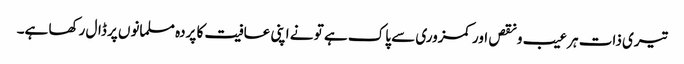
تیری ذات ہر عیب و نقص اور کمزوری سے پاک ہے تو نے اپنی عافیت کا پردہ مسلمانوں پر ڈال رکھا ہے۔